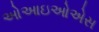
ઓઆઇઓએસ